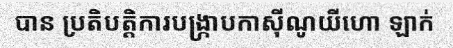
បាន ប្រតិបត្តិការបង្ក្រាបកាស៊ីណូយីហោ ឡាក់